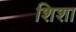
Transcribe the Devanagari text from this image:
शिशा